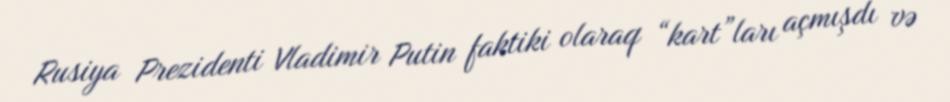
Rusiya Prezidenti Vladimir Putin faktiki olaraq “kart”ları açmışdı və